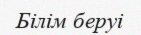
Білім беруі